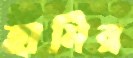
হামির